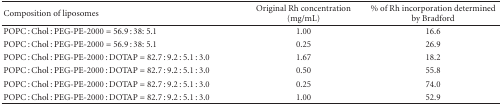
| Composition of liposomes | Original Rh concentration (mg/mL) | % of Rh incorporation determined by Bradford |
 | --- | --- | --- |
 | POPC : Chol : PEG-PE-2000 = 56.9 : 38: 5.1 | 1.00 | 16.6 |
 | POPC : Chol : PEG-PE-2000 = 56.9 : 38: 5.1 | 0.25 | 26.9 |
 | POPC : Chol : PEG-PE-2000 : DOTAP = 82.7 : 9.2 : 5.1 : 3.0 | 1.67 | 18.2 |
 | POPC : Chol : PEG-PE-2000 : DOTAP = 82.7 : 9.2 : 5.1 : 3.0 | 0.50 | 55.8 |
 | POPC : Chol : PEG-PE-2000 : DOTAP = 82.7 : 9.2 : 5.1 : 3.0 | 0.25 | 74.0 |
 | POPC : Chol : PEG-PE-2000 : DOTAP = 82.7 : 9.2 : 5.1 : 3.0 | 1.00 | 52.9 |